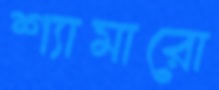
শ্যামারো